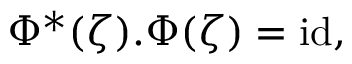
\Phi ^ { * } ( \zeta ) . \Phi ( \zeta ) = \mathrm { i d } ,